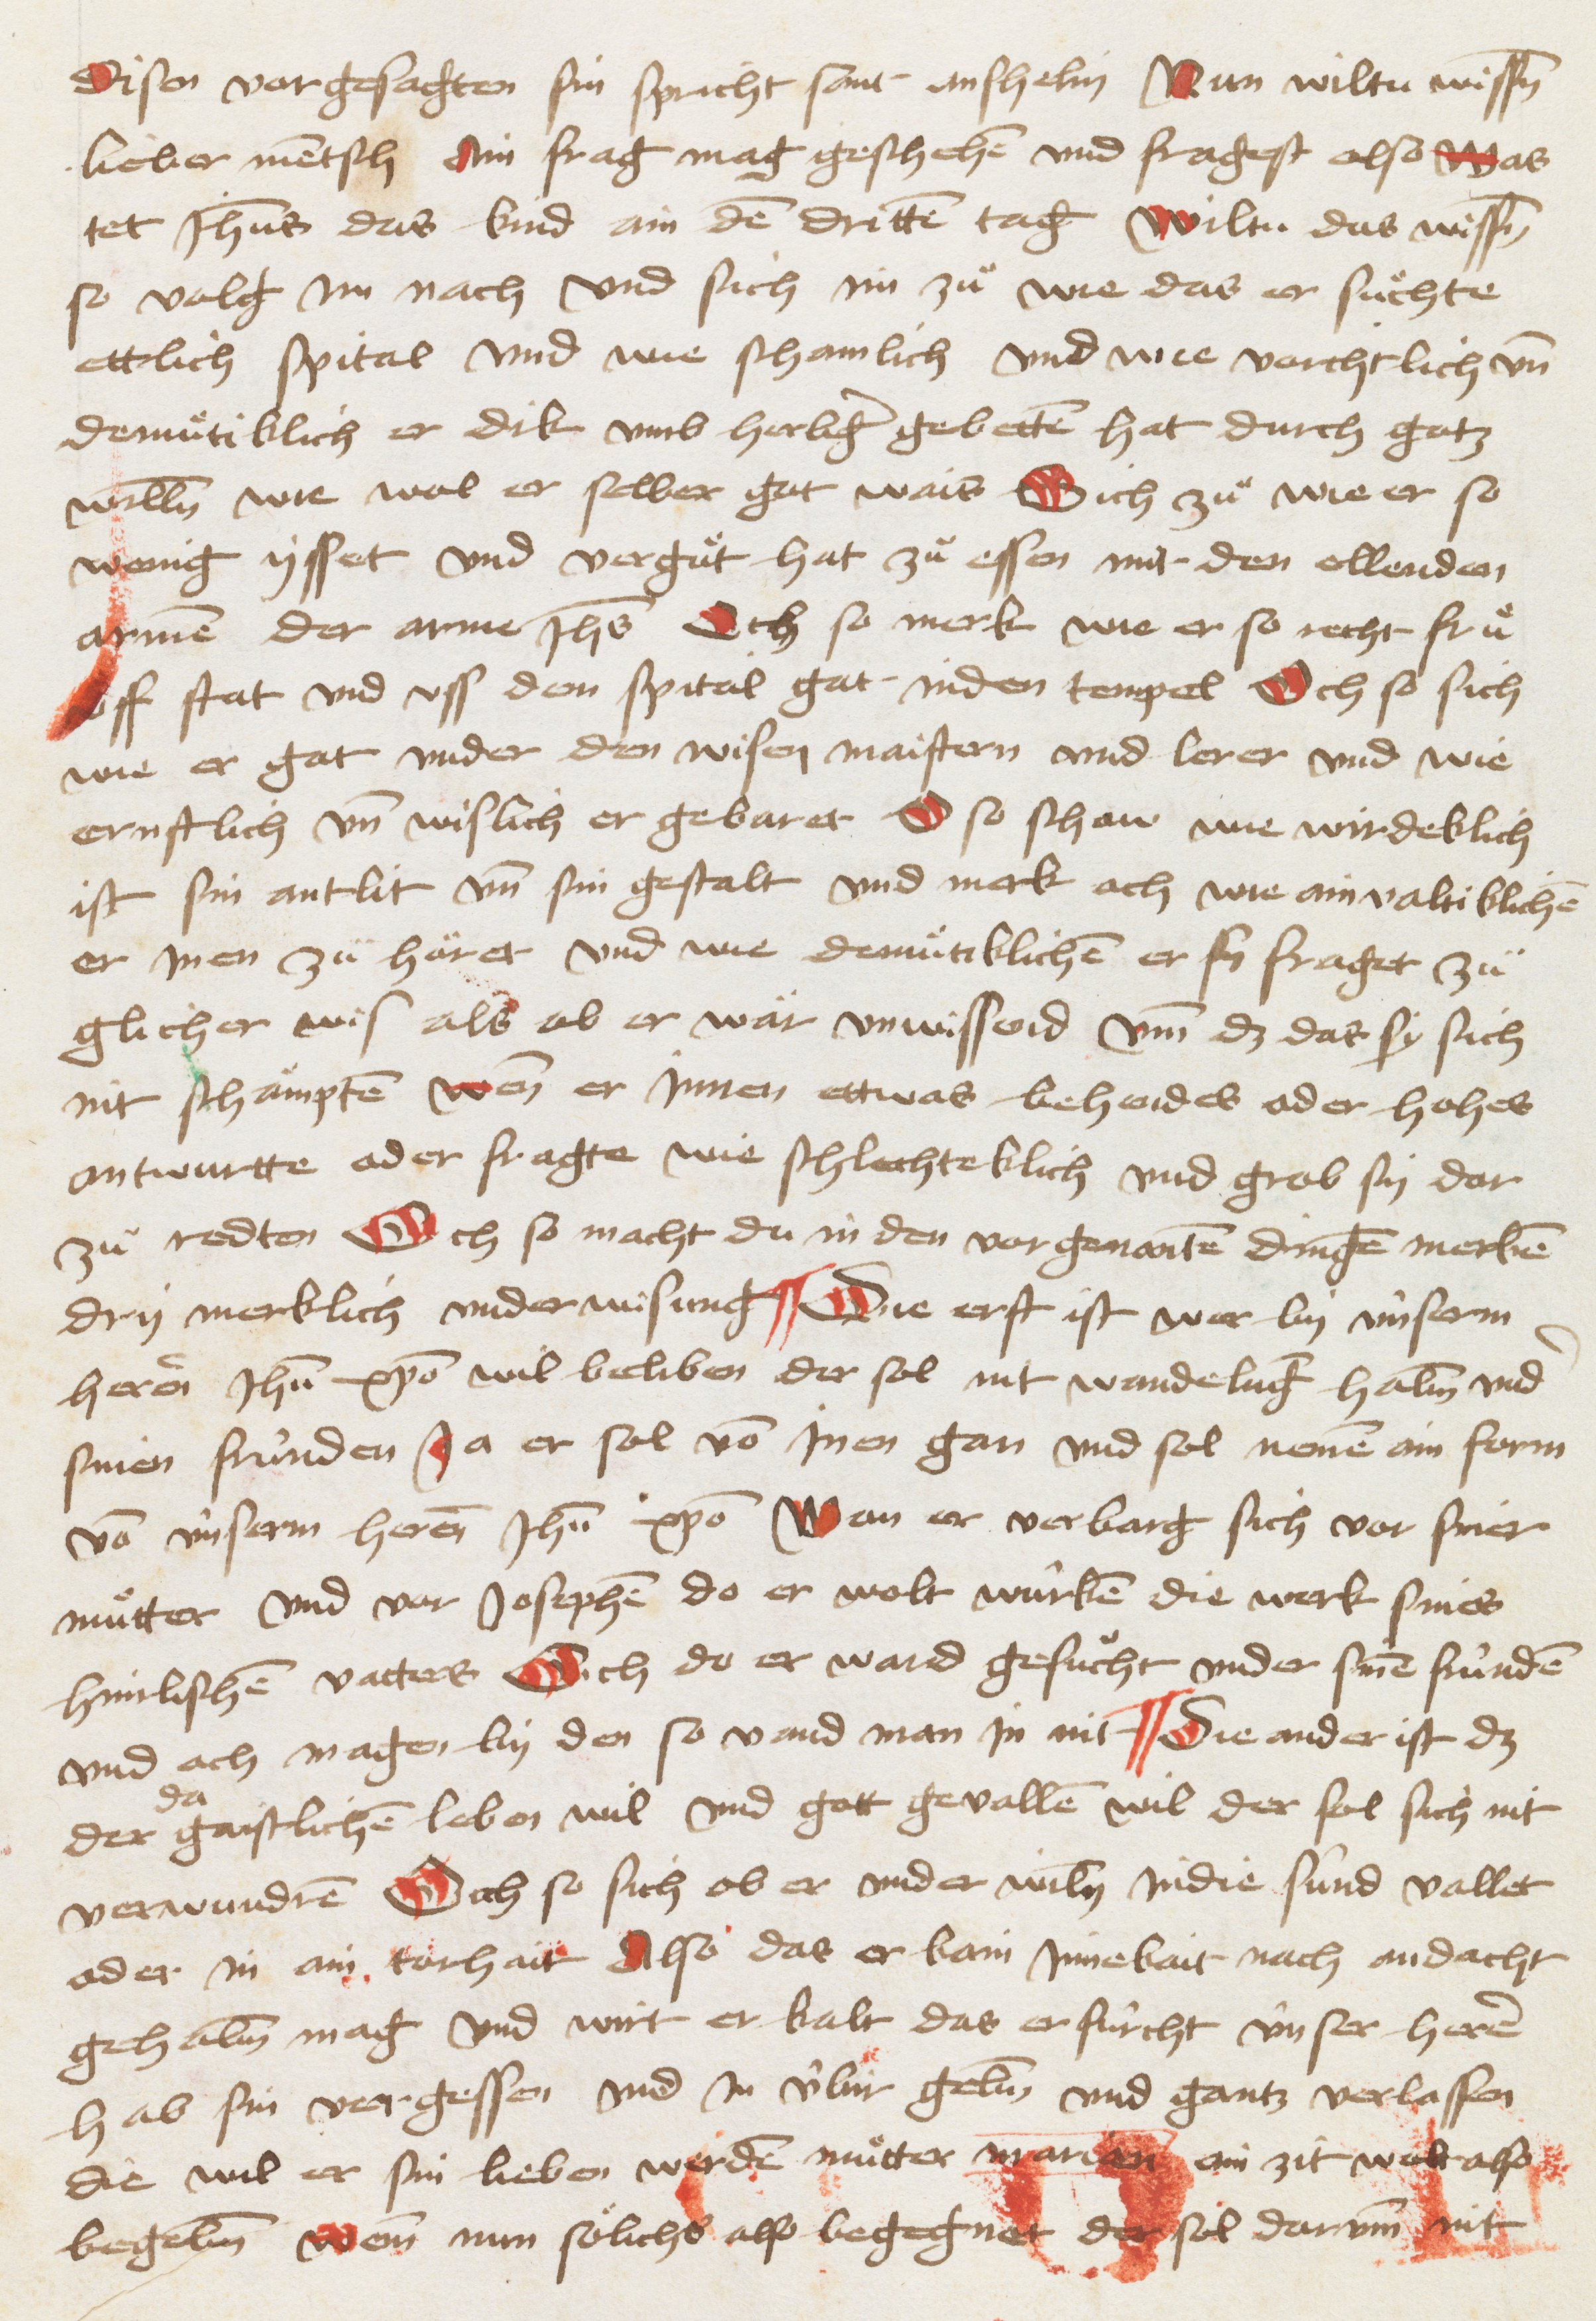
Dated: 1467–1467